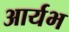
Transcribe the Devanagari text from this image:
आर्यभ